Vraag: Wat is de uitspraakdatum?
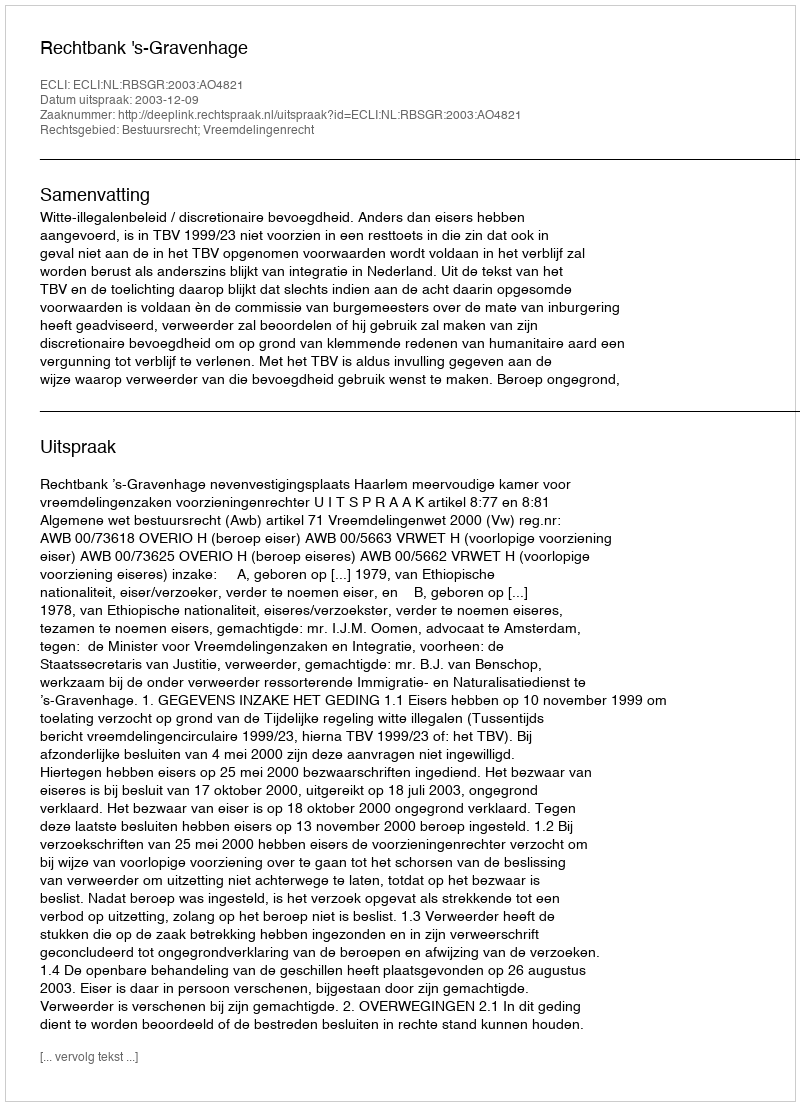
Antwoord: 2003-12-09